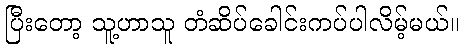
ပြီးတော့ သူ့ဟာသူ တံဆိပ်ခေါင်းကပ်ပါလိမ့်မယ်။